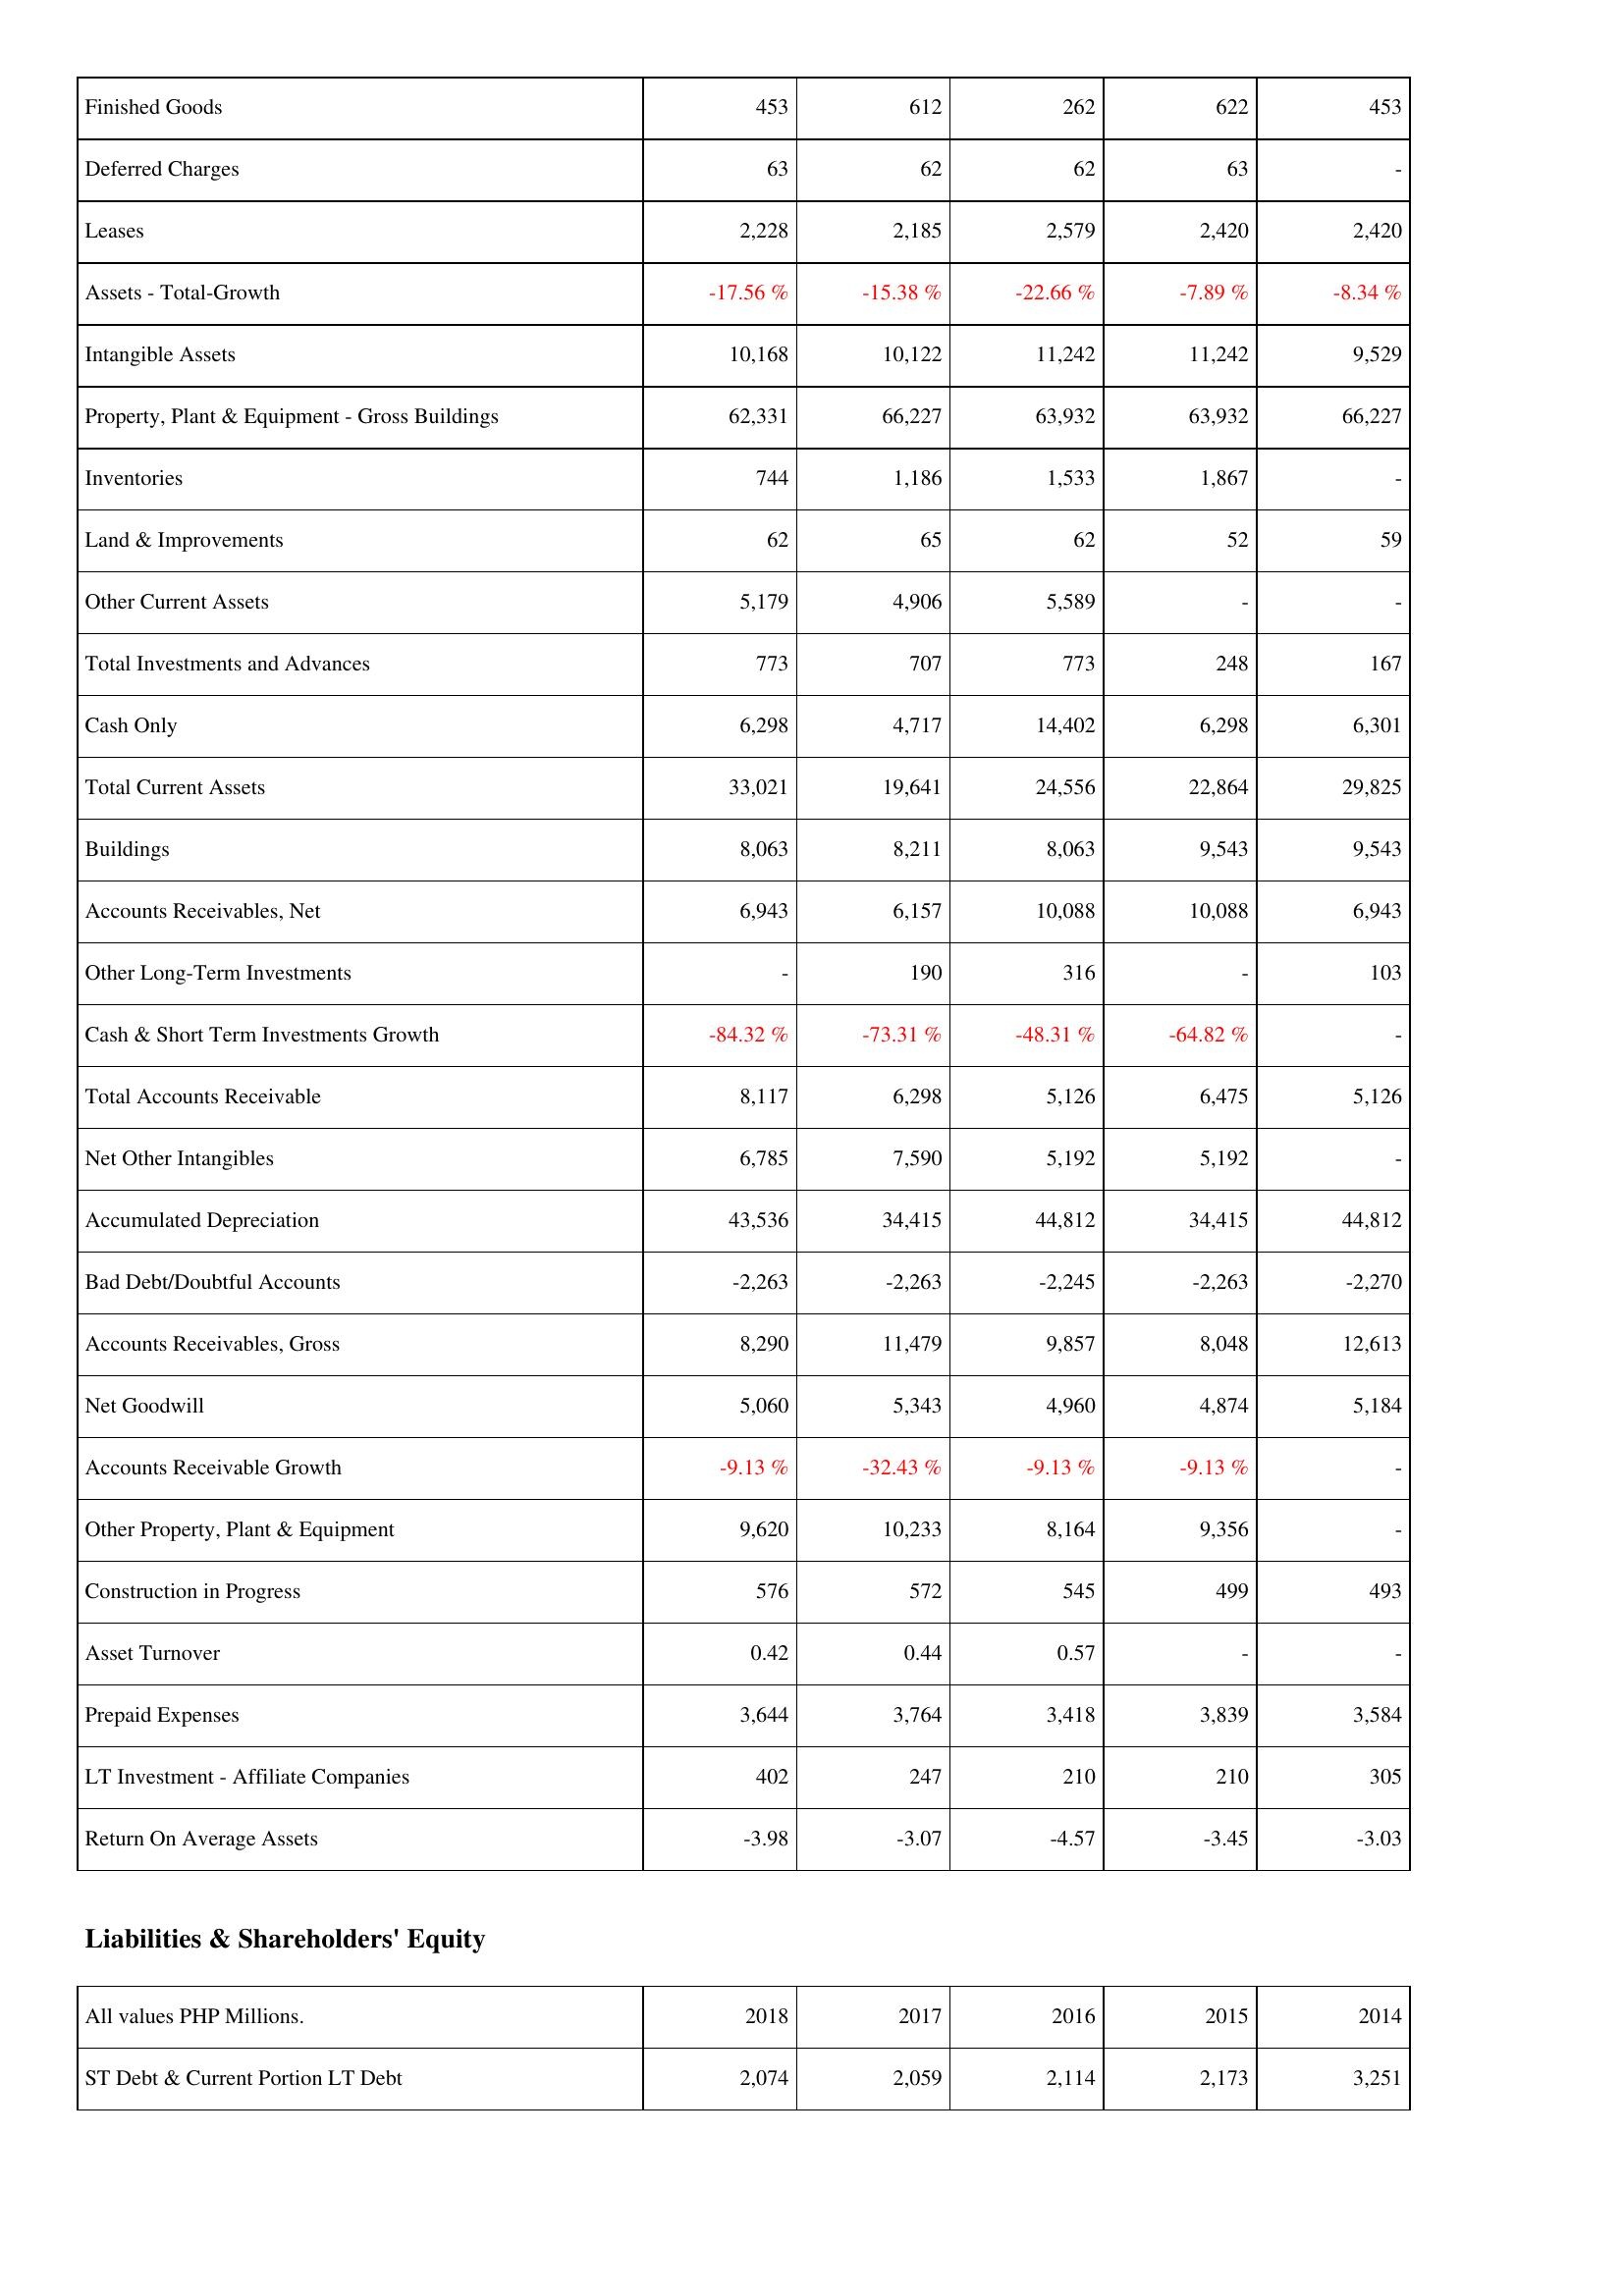
2018: Assets: Finished Goods: 453
Deferred Charges: 63
Leases: 2,228
Assets - Total-Growth: -17.56 %
Intangible Assets: 10,168
Property, Plant & Equipment - Gross Buildings: 62,331
Inventories: 744
Land & Improvements: 62
Other Current Assets: 5,179
Total Investments and Advances: 773
Cash Only: 6,298
Total Current Assets: 33,021
Buildings: 8,063
Accounts Receivables, Net: 6,943
Other Long-Term Investments: -
Cash & Short Term Investments Growth: -84.32 %
Total Accounts Receivable: 8,117
Net Other Intangibles: 6,785
Accumulated Depreciation: 43,536
Bad Debt/Doubtful Accounts: -2,263
Accounts Receivables, Gross: 8,290
Net Goodwill: 5,060
Accounts Receivable Growth: -9.13 %
Other Property, Plant & Equipment: 9,620
Construction in Progress: 576
Asset Turnover: 0.42
Prepaid Expenses: 3,644
LT Investment - Affiliate Companies: 402
Return On Average Assets: -3.98
Liabilities & Shareholders' Equity: ST Debt & Current Portion LT Debt: 2,074
2017: Assets: Finished Goods: 612
Deferred Charges: 62
Leases: 2,185
Assets - Total-Growth: -15.38 %
Intangible Assets: 10,122
Property, Plant & Equipment - Gross Buildings: 66,227
Inventories: 1,186
Land & Improvements: 65
Other Current Assets: 4,906
Total Investments and Advances: 707
Cash Only: 4,717
Total Current Assets: 19,641
Buildings: 8,211
Accounts Receivables, Net: 6,157
Other Long-Term Investments: 190
Cash & Short Term Investments Growth: -73.31 %
Total Accounts Receivable: 6,298
Net Other Intangibles: 7,590
Accumulated Depreciation: 34,415
Bad Debt/Doubtful Accounts: -2,263
Accounts Receivables, Gross: 11,479
Net Goodwill: 5,343
Accounts Receivable Growth: -32.43 %
Other Property, Plant & Equipment: 10,233
Construction in Progress: 572
Asset Turnover: 0.44
Prepaid Expenses: 3,764
LT Investment - Affiliate Companies: 247
Return On Average Assets: -3.07
Liabilities & Shareholders' Equity: ST Debt & Current Portion LT Debt: 2,059
2016: Assets: Finished Goods: 262
Deferred Charges: 62
Leases: 2,579
Assets - Total-Growth: -22.66 %
Intangible Assets: 11,242
Property, Plant & Equipment - Gross Buildings: 63,932
Inventories: 1,533
Land & Improvements: 62
Other Current Assets: 5,589
Total Investments and Advances: 773
Cash Only: 14,402
Total Current Assets: 24,556
Buildings: 8,063
Accounts Receivables, Net: 10,088
Other Long-Term Investments: 316
Cash & Short Term Investments Growth: -48.31 %
Total Accounts Receivable: 5,126
Net Other Intangibles: 5,192
Accumulated Depreciation: 44,812
Bad Debt/Doubtful Accounts: -2,245
Accounts Receivables, Gross: 9,857
Net Goodwill: 4,960
Accounts Receivable Growth: -9.13 %
Other Property, Plant & Equipment: 8,164
Construction in Progress: 545
Asset Turnover: 0.57
Prepaid Expenses: 3,418
LT Investment - Affiliate Companies: 210
Return On Average Assets: -4.57
Liabilities & Shareholders' Equity: ST Debt & Current Portion LT Debt: 2,114
2015: Assets: Finished Goods: 622
Deferred Charges: 63
Leases: 2,420
Assets - Total-Growth: -7.89 %
Intangible Assets: 11,242
Property, Plant & Equipment - Gross Buildings: 63,932
Inventories: 1,867
Land & Improvements: 52
Other Current Assets: -
Total Investments and Advances: 248
Cash Only: 6,298
Total Current Assets: 22,864
Buildings: 9,543
Accounts Receivables, Net: 10,088
Other Long-Term Investments: -
Cash & Short Term Investments Growth: -64.82 %
Total Accounts Receivable: 6,475
Net Other Intangibles: 5,192
Accumulated Depreciation: 34,415
Bad Debt/Doubtful Accounts: -2,263
Accounts Receivables, Gross: 8,048
Net Goodwill: 4,874
Accounts Receivable Growth: -9.13 %
Other Property, Plant & Equipment: 9,356
Construction in Progress: 499
Asset Turnover: -
Prepaid Expenses: 3,839
LT Investment - Affiliate Companies: 210
Return On Average Assets: -3.45
Liabilities & Shareholders' Equity: ST Debt & Current Portion LT Debt: 2,173
2014: Assets: Finished Goods: 453
Deferred Charges: -
Leases: 2,420
Assets - Total-Growth: -8.34 %
Intangible Assets: 9,529
Property, Plant & Equipment - Gross Buildings: 66,227
Inventories: -
Land & Improvements: 59
Other Current Assets: -
Total Investments and Advances: 167
Cash Only: 6,301
Total Current Assets: 29,825
Buildings: 9,543
Accounts Receivables, Net: 6,943
Other Long-Term Investments: 103
Cash & Short Term Investments Growth: -
Total Accounts Receivable: 5,126
Net Other Intangibles: -
Accumulated Depreciation: 44,812
Bad Debt/Doubtful Accounts: -2,270
Accounts Receivables, Gross: 12,613
Net Goodwill: 5,184
Accounts Receivable Growth: -
Other Property, Plant & Equipment: -
Construction in Progress: 493
Asset Turnover: -
Prepaid Expenses: 3,584
LT Investment - Affiliate Companies: 305
Return On Average Assets: -3.03
Liabilities & Shareholders' Equity: ST Debt & Current Portion LT Debt: 3,251